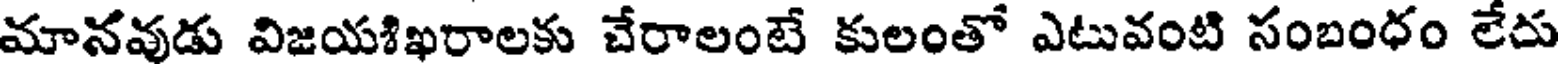
మానవుడు విజయఃఖరాలకు చేరాలంటే కులంతో ఎటువంటి సంబంధం లేదు